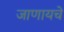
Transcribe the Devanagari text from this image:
जाणायचे